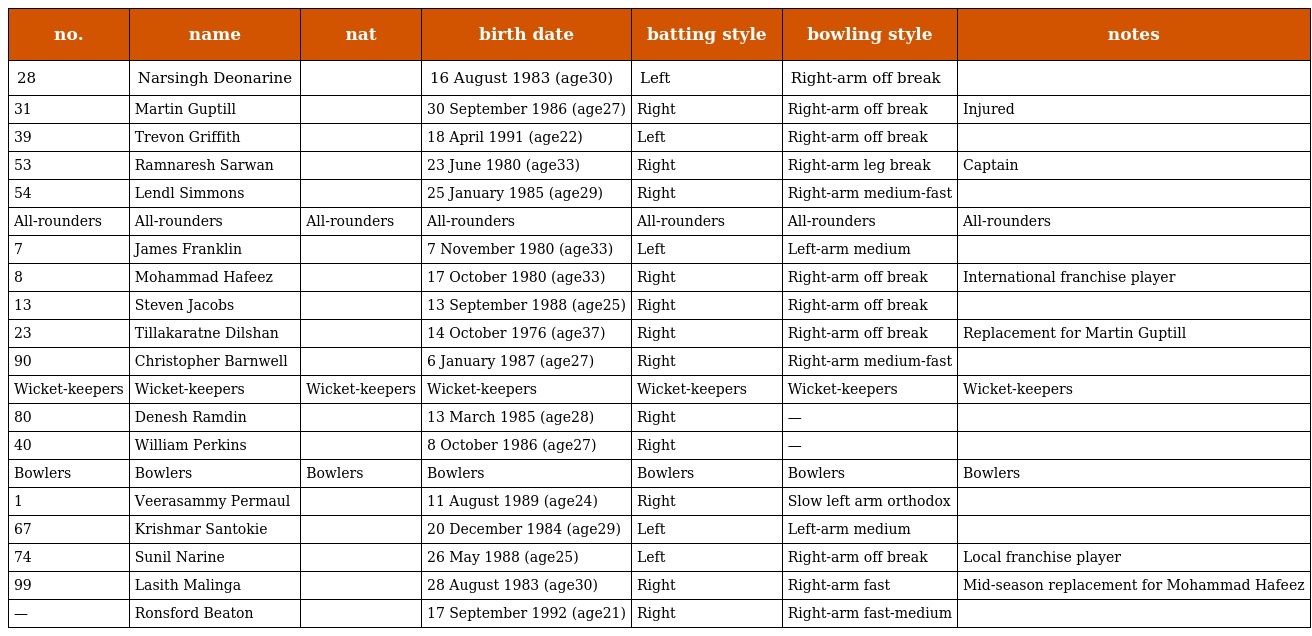
| no. | name | nat | birth date | batting style | bowling style | notes |
 | --- | --- | --- | --- | --- | --- | --- |
 | 28 | Narsingh Deonarine |  | 16 August 1983 (age30) | Left | Right-arm off break |  |
 | 31 | Martin Guptill |  | 30 September 1986 (age27) | Right | Right-arm off break | Injured |
 | 39 | Trevon Griffith |  | 18 April 1991 (age22) | Left | Right-arm off break |  |
 | 53 | Ramnaresh Sarwan |  | 23 June 1980 (age33) | Right | Right-arm leg break | Captain |
 | 54 | Lendl Simmons |  | 25 January 1985 (age29) | Right | Right-arm medium-fast |  |
 | All-rounders | All-rounders | All-rounders | All-rounders | All-rounders | All-rounders | All-rounders |
 | 7 | James Franklin |  | 7 November 1980 (age33) | Left | Left-arm medium |  |
 | 8 | Mohammad Hafeez |  | 17 October 1980 (age33) | Right | Right-arm off break | International franchise player |
 | 13 | Steven Jacobs |  | 13 September 1988 (age25) | Right | Right-arm off break |  |
 | 23 | Tillakaratne Dilshan |  | 14 October 1976 (age37) | Right | Right-arm off break | Replacement for Martin Guptill |
 | 90 | Christopher Barnwell |  | 6 January 1987 (age27) | Right | Right-arm medium-fast |  |
 | Wicket-keepers | Wicket-keepers | Wicket-keepers | Wicket-keepers | Wicket-keepers | Wicket-keepers | Wicket-keepers |
 | 80 | Denesh Ramdin |  | 13 March 1985 (age28) | Right | — |  |
 | 40 | William Perkins |  | 8 October 1986 (age27) | Right | — |  |
 | Bowlers | Bowlers | Bowlers | Bowlers | Bowlers | Bowlers | Bowlers |
 | 1 | Veerasammy Permaul |  | 11 August 1989 (age24) | Right | Slow left arm orthodox |  |
 | 67 | Krishmar Santokie |  | 20 December 1984 (age29) | Left | Left-arm medium |  |
 | 74 | Sunil Narine |  | 26 May 1988 (age25) | Left | Right-arm off break | Local franchise player |
 | 99 | Lasith Malinga |  | 28 August 1983 (age30) | Right | Right-arm fast | Mid-season replacement for Mohammad Hafeez |
 | — | Ronsford Beaton |  | 17 September 1992 (age21) | Right | Right-arm fast-medium |  |